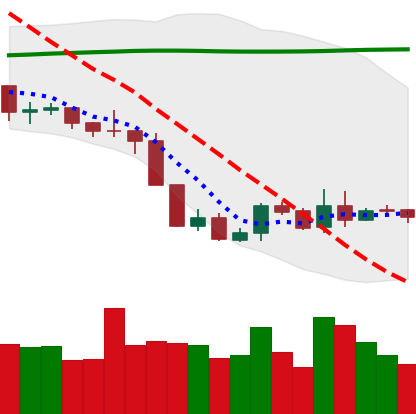
Ticker: BNB-USD
Chart end date: 2019-09-09
Forward return: -5.455%
Label: down_5_7